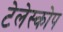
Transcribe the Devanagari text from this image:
टेलेस्कोप